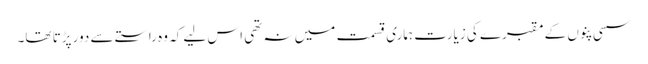
سسی پنوں کے مقبرے کی زیارت ہماری قسمت میں نہ تھی اس لیے کہ وہ راستے سے دور پڑتا تھا۔